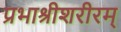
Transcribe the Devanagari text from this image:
प्रभाश्रीशरीरम्